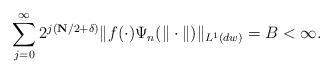
LaTeX: \begin{align*}\sum_{j=0}^\infty 2^{j(\mathbf N\slash 2+\delta)}\| f(\cdot)\Psi_n(\|\cdot\|)\|_{L^1(dw)} =B<\infty.\end{align*}